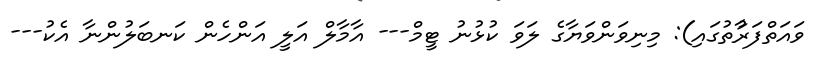
ވައަތްފަރާުތުގައި): މިނިވަންވަޔާގެ ލަވަ ކުޅުނު ޓީމް--- އާމާލް އަލީ އަންހެން ކަނބަލުންނާ އެކު---